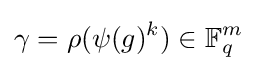
\gamma =\rho (\psi (g)^{k})\in \mathbb {F} _{q}^{m}